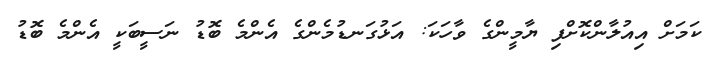
ކަމަށް އިއުލާންކޮށްފި ޔާމީންގެ ވާހަކަ: އަޅުގަނޑުމެންގެ އެންމެ ބޮޑު ނަސީބަކީ އެންމެ ބޮޑު